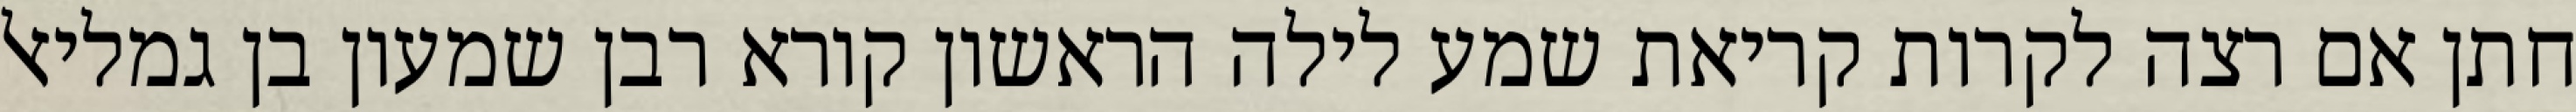
חתן אם רצה לקרות קריאת שמע לילה הראשון קורא רבן שמעון בן גמליאל